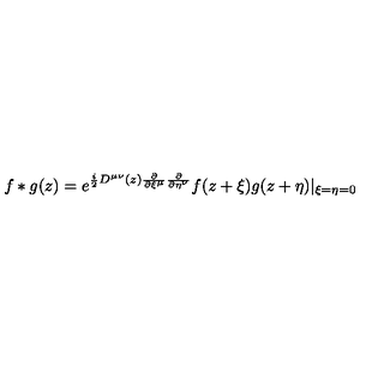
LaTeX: f * g ( z ) = e ^ { \frac { i } { 2 } { D } ^ { { \mu } { \nu } } ( z ) \frac { \partial } { \partial { \xi } ^ { \mu } } \frac { \partial } { \partial { \eta } ^ { \nu } } } f ( z + { \xi } ) g ( z + { \eta } ) | _ { { \xi } = { \eta } = 0 }